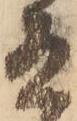
有